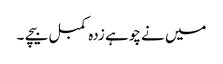
میں نے چوہے زدہ کمبل بیچے ۔